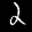
Label: 2